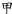
甲